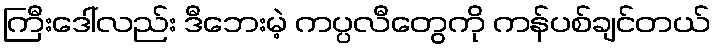
ကြီးဒေါ်လည်း ဒီဘေးမဲ့ ကပ္ပလီတွေကို ကန်ပစ်ချင်တယ်